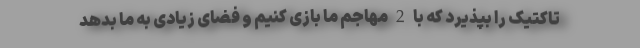
تاکتیک را بپذیرد که با 2 مهاجم ما بازی کنیم و فضای زیادی به ما بدهد